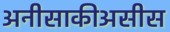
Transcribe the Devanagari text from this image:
अनीसाकीअसीस